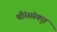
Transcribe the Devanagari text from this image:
थीं।संस्कृत